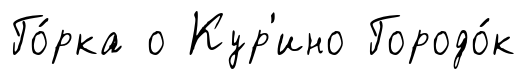
Го́рка о Кур'ино Городо́к